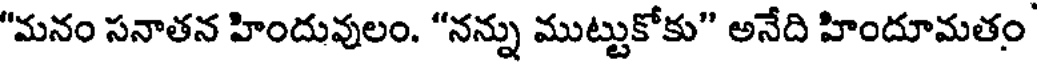
"మనం సనాతన హిందువులం. "నన్ను ముట్టుకోకు" అనేది హిందూమతం